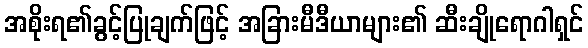
အစိုးရ၏ခွင့်ပြုချက်ဖြင့် အခြားမီဒီယာများ၏ ဆီးချိုရောဂါရှင်